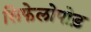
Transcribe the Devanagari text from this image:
सिफेलोपोड़